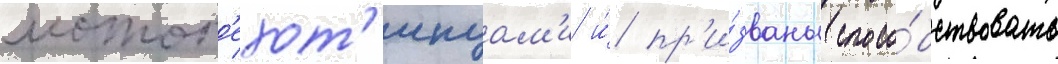
мотоп'ехот'инцам'и и́ пр'и́званы спосо́бствовать